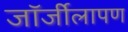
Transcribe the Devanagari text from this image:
जॉर्जीलापण